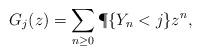
LaTeX: \begin{align*} G_j(z) = \sum_{n\ge 0} \P\{Y_n<j\}z^n,\end{align*}